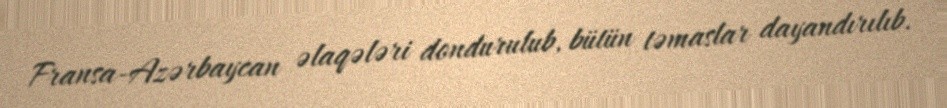
Fransa-Azərbaycan əlaqələri dondurulub, bütün təmaslar dayandırılıb.